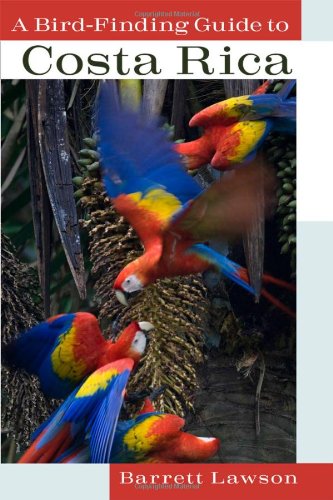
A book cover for A Bird-Finding Guide to Costa Rica; Barrett Lawson; Sports & Outdoors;